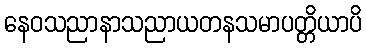
နေဝသညာနာသညာယတနသမာပတ္တိယာပိ